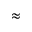
\approx